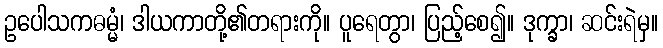
ဥပေါသကဓမ္မံ၊ ဒါယကာတို့၏တရားကို။ ပူရေတွာ၊ ပြည့်စေ၍။ ဒုက္ခာ၊ ဆင်းရဲမှ။